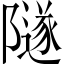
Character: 隧